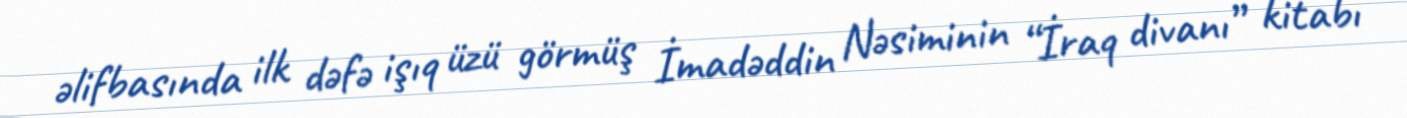
əlifbasında ilk dəfə işıq üzü görmüş İmadəddin Nəsiminin “İraq divanı” kitabı